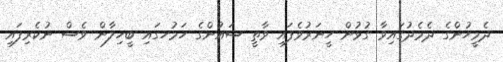
ދެމީހުންގެ ދެމެދުގައިވާ ގުޅުން ހީނަރުވެފައި ވާތީ ސައުންގެ ހަމުހގައި ބީހިލާން ވެސް ނުކެރިފައި